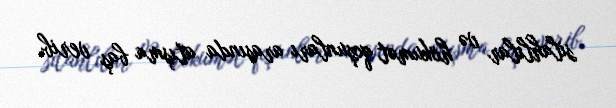
silahlılar və hökumət qoşunları arasında atışma baş verib.